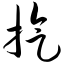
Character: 旋